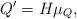
LaTeX: \begin{align*}Q'=H\mu_{Q},\end{align*}